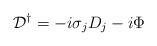
\begin{align*}{\cal D}^\dagger = -i \sigma_j D_j - i \Phi\end{align*}